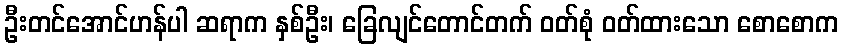
ဦးတင်အောင်ဟန်ပါ ဆရာက နှစ်ဦး၊ ခြေလျင်တောင်တက် ဝတ်စုံ ဝတ်ထားသော စောစောက